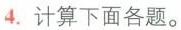
4.计算下面各题。